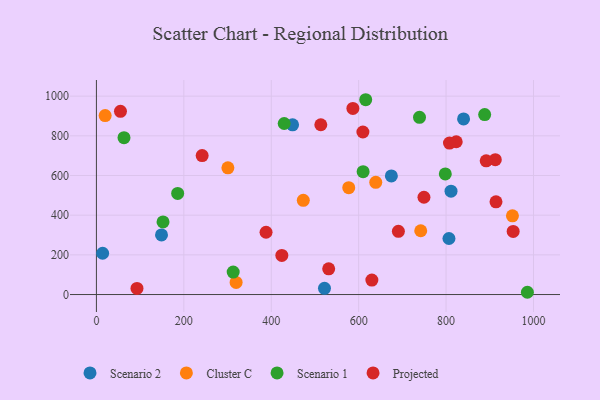
{"axis": {"x": "Experience", "y": "Yield"}, "legend": ["Cluster C", "Projected", "Scenario 1", "Scenario 2"], "data": [{"x": "811.3", "y": 520.8, "type": "Scenario 2"}, {"x": "840.0", "y": 885.2, "type": "Scenario 2"}, {"x": "674.8", "y": 597.9, "type": "Scenario 2"}, {"x": "806.6", "y": 282.5, "type": "Scenario 2"}, {"x": "521.8", "y": 31.1, "type": "Scenario 2"}, {"x": "14.2", "y": 208.2, "type": "Scenario 2"}, {"x": "448.8", "y": 855.6, "type": "Scenario 2"}, {"x": "148.9", "y": 300.7, "type": "Scenario 2"}, {"x": "20.0", "y": 901.9, "type": "Cluster C"}, {"x": "742.0", "y": 321.5, "type": "Cluster C"}, {"x": "951.8", "y": 397.0, "type": "Cluster C"}, {"x": "473.3", "y": 474.8, "type": "Cluster C"}, {"x": "300.8", "y": 638.8, "type": "Cluster C"}, {"x": "577.3", "y": 538.7, "type": "Cluster C"}, {"x": "319.6", "y": 60.8, "type": "Cluster C"}, {"x": "639.1", "y": 565.7, "type": "Cluster C"}, {"x": "312.9", "y": 113.3, "type": "Scenario 1"}, {"x": "798.2", "y": 608.1, "type": "Scenario 1"}, {"x": "888.3", "y": 907.3, "type": "Scenario 1"}, {"x": "616.1", "y": 982.0, "type": "Scenario 1"}, {"x": "429.6", "y": 862.1, "type": "Scenario 1"}, {"x": "152.4", "y": 365.9, "type": "Scenario 1"}, {"x": "185.9", "y": 509.6, "type": "Scenario 1"}, {"x": "739.2", "y": 893.1, "type": "Scenario 1"}, {"x": "610.2", "y": 619.2, "type": "Scenario 1"}, {"x": "986.0", "y": 11.4, "type": "Scenario 1"}, {"x": "63.1", "y": 790.7, "type": "Scenario 1"}, {"x": "912.6", "y": 679.7, "type": "Projected"}, {"x": "55.0", "y": 923.4, "type": "Projected"}, {"x": "241.9", "y": 700.5, "type": "Projected"}, {"x": "586.8", "y": 938.1, "type": "Projected"}, {"x": "531.4", "y": 129.7, "type": "Projected"}, {"x": "690.9", "y": 318.4, "type": "Projected"}, {"x": "914.2", "y": 467.5, "type": "Projected"}, {"x": "630.2", "y": 73.0, "type": "Projected"}, {"x": "424.2", "y": 197.3, "type": "Projected"}, {"x": "823.2", "y": 770.1, "type": "Projected"}, {"x": "609.7", "y": 819.2, "type": "Projected"}, {"x": "388.1", "y": 314.0, "type": "Projected"}, {"x": "953.5", "y": 317.9, "type": "Projected"}, {"x": "891.8", "y": 674.2, "type": "Projected"}, {"x": "807.8", "y": 763.7, "type": "Projected"}, {"x": "513.4", "y": 855.9, "type": "Projected"}, {"x": "749.4", "y": 490.3, "type": "Projected"}, {"x": "92.8", "y": 30.8, "type": "Projected"}]}